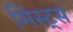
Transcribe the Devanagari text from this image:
मिस्ट्स